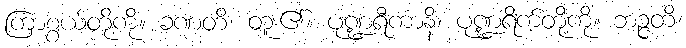
ကြာစွယ်တို့ကို။ ခဏတိ၊ တူး၏။ ပုဏ္ဍရီကာနိ၊ ပုဏ္ဍရိက်တို့ကို။ ဘဉ္ဇတိ၊